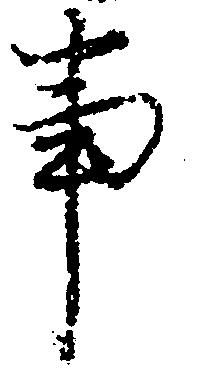
事